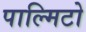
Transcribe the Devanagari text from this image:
पाल्मिटो